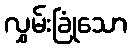
လွှမ်းခြုံသော